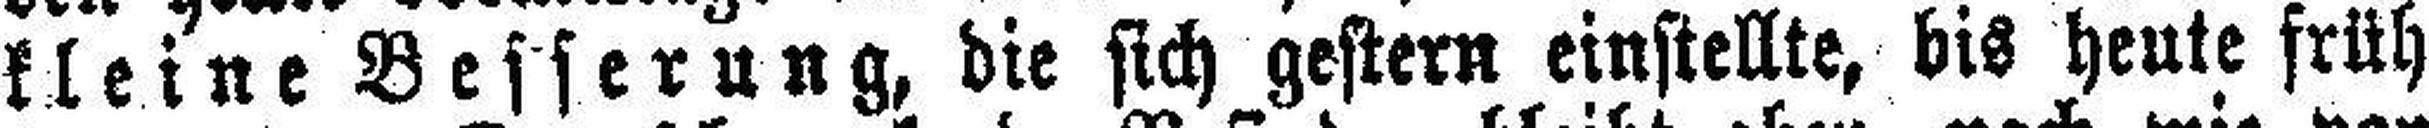
kleine Besserung, die sich gestern einstellte, bis heute früh